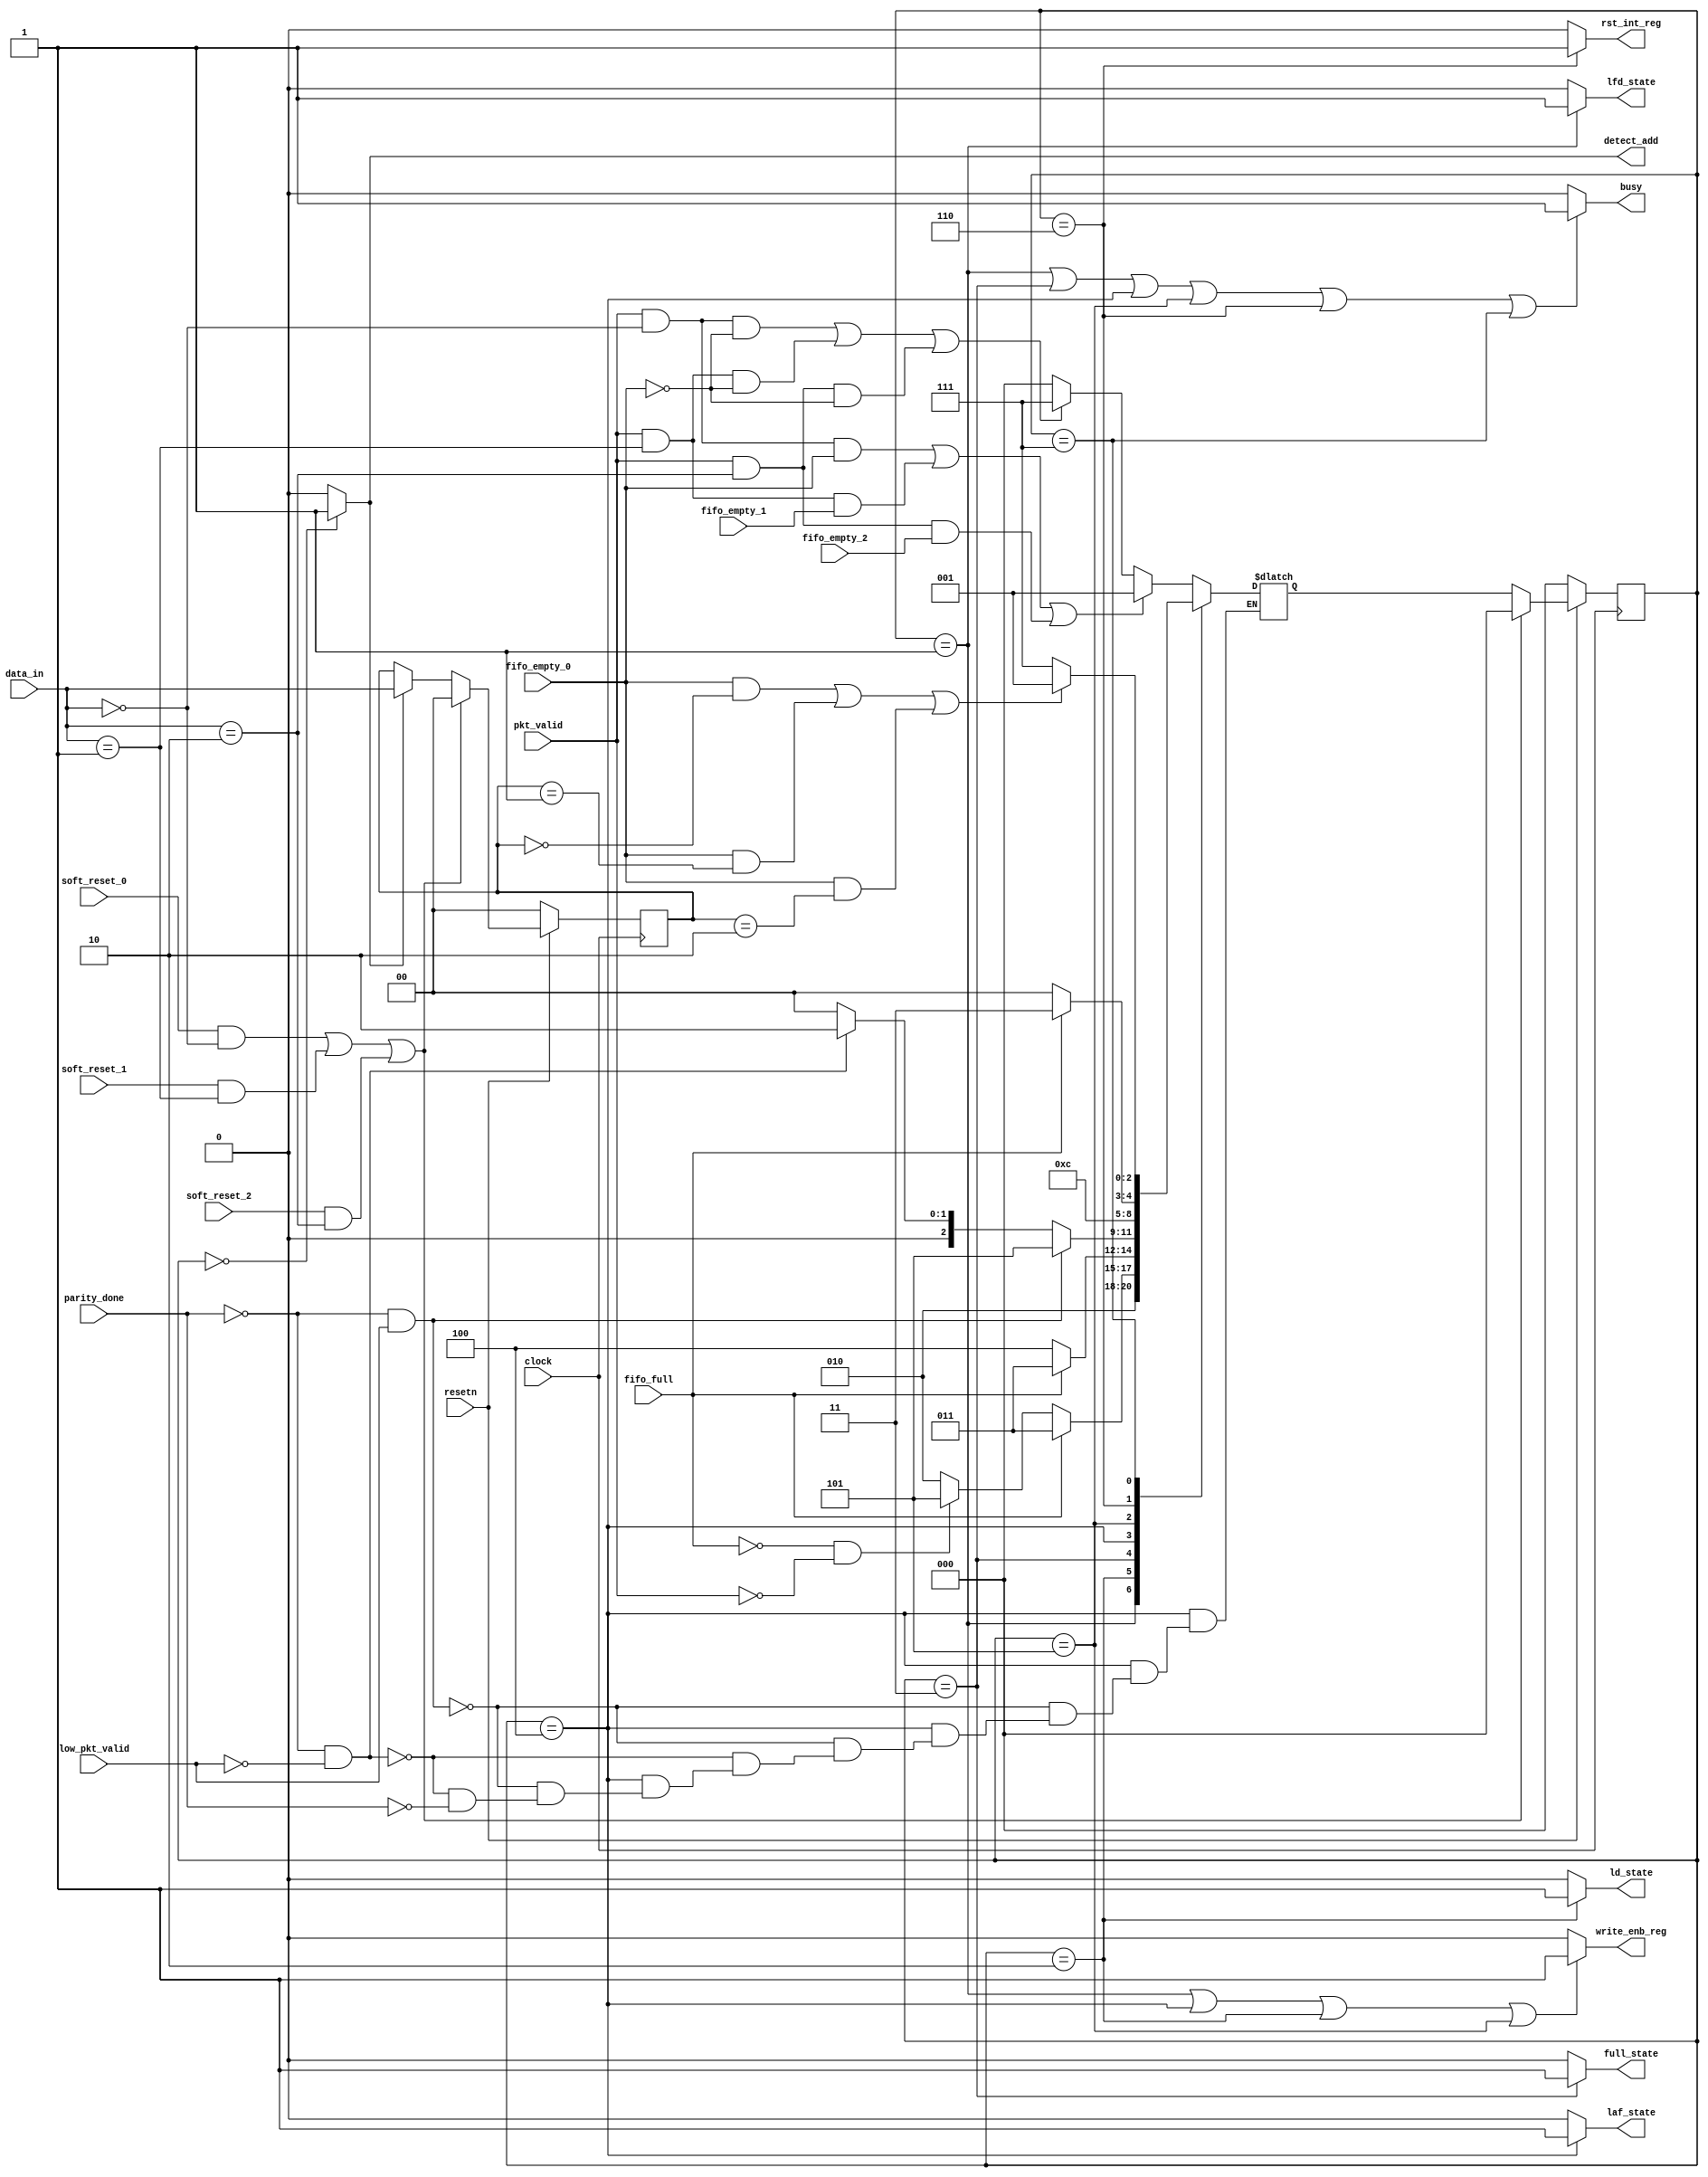
`timescale 1ns / 1ps
//////////////////////////////////////////////////////////////////////////////////
// Company: 
// Engineer: 
// 
// Design Name: 
// Module Name: router_fsm
// Project Name: 
// Target Devices: 
// Tool Versions: 
// Description: 
// 
// Dependencies: 
// 
// Revision:
// Revision 0.01 - File Created
// Additional Comments:
// 
//////////////////////////////////////////////////////////////////////////////////


module router_fsm(input clock,resetn,pkt_valid,parity_done,input [1:0] data_in,
                    input soft_reset_0,soft_reset_1,soft_reset_2,fifo_full,low_pkt_valid,
                    fifo_empty_0,fifo_empty_1,fifo_empty_2,
                    output detect_add,ld_state,laf_state,full_state,write_enb_reg,rst_int_reg,lfd_state,busy);
    parameter   DECODE_ADDRESS = 3'b000,
                LOAD_FIRST_DATA = 3'b001,
                LOAD_DATA = 3'b010,
                FIFO_FULL_STATE = 3'b011,
                LOAD_AFTER_FULL = 3'b100,
                LOAD_PARITY = 3'b101,
                CHECK_PARITY_ERROR = 3'b110,
                WAIT_TILL_EMPTY = 3'b111;
    reg [2:0] present_state,next_state;
    reg [1:0] addr;
    always @ (posedge clock)
    begin
        if(~resetn)
            addr <= 1'b0;
        else if((soft_reset_0 && data_in == 2'b00)||(soft_reset_1 && data_in == 2'b01)||(soft_reset_2 && data_in == 2'b10))
            addr <= 0;
        else if(detect_add)
            addr <= data_in;
    end
    //present_state logic
    always @ (posedge clock)
    begin
        if (~resetn)
            present_state <= DECODE_ADDRESS;
        else if ((soft_reset_0 && data_in == 2'b00)||(soft_reset_1 && data_in == 2'b01)||(soft_reset_2 && data_in == 2'b10))
            present_state <= DECODE_ADDRESS;
        else
            present_state <= next_state;
    end
    
    always @ (*)
    begin
        //if (data_in != 2'b11)
        //begin
        //next_state = DECODE_ADDRESS;
            case(present_state)
                DECODE_ADDRESS :
                    if((pkt_valid & (data_in == 2'b00) & fifo_empty_0) |
                        (pkt_valid & (data_in == 2'b01) & fifo_empty_1) |
                        (pkt_valid & (data_in == 2'b10) & fifo_empty_2) )
                        next_state = LOAD_FIRST_DATA;
                    else if ((pkt_valid & (data_in == 2'b00) & !fifo_empty_0) |
                        (pkt_valid & (data_in == 2'b01) & !fifo_empty_0) |
                        (pkt_valid & (data_in == 2'b10) & !fifo_empty_0) )
                        next_state = WAIT_TILL_EMPTY;
                    else
                        next_state = DECODE_ADDRESS;
                LOAD_FIRST_DATA :  next_state = LOAD_DATA;
                LOAD_DATA :
                begin
                    if (fifo_full)
                        next_state = FIFO_FULL_STATE;
                    else if (!fifo_full && !pkt_valid)
                        next_state = LOAD_PARITY;
                    else
                        next_state = LOAD_DATA;
                end
                FIFO_FULL_STATE :
                begin
                    if(!fifo_full)
                        next_state = LOAD_AFTER_FULL;
                    else
                        next_state = FIFO_FULL_STATE;
                end
                LOAD_AFTER_FULL :
                begin
                    if (!parity_done && low_pkt_valid)
                        next_state = LOAD_PARITY;
                    else if (!parity_done && !low_pkt_valid)
                        next_state = LOAD_DATA;
                    else if(parity_done)
                        next_state = DECODE_ADDRESS;
                end
                LOAD_PARITY : next_state = CHECK_PARITY_ERROR;
                CHECK_PARITY_ERROR :
                begin
                    if(!fifo_full)
                        next_state = DECODE_ADDRESS;
                    else
                        next_state = FIFO_FULL_STATE;
                end
                WAIT_TILL_EMPTY :
                begin
                    if ((fifo_empty_0 && (addr == 2'b00)) ||
                        (fifo_empty_0 && (addr == 2'b01)) ||
                        (fifo_empty_0 && (addr == 2'b10)))
                        next_state = LOAD_FIRST_DATA;
                    else
                        next_state = WAIT_TILL_EMPTY;
                end
                default : next_state = DECODE_ADDRESS;
            endcase
        //end
    end
    assign detect_add = (present_state == DECODE_ADDRESS) ? 1'b1 : 1'b0;
    assign lfd_state = (present_state == LOAD_FIRST_DATA) ? 1'b1 : 1'b0;
    assign ld_state = (present_state == LOAD_DATA) ? 1'b1 : 1'b0;
    assign laf_state = (present_state == LOAD_AFTER_FULL) ? 1'b1 : 1'b0;
    assign write_enb_reg = (present_state == LOAD_FIRST_DATA) || (present_state == LOAD_AFTER_FULL) || (present_state == LOAD_DATA) || (present_state == LOAD_PARITY) ? 1'b1 : 1'b0;
    assign rst_int_reg = (present_state == CHECK_PARITY_ERROR) ? 1'b1 : 1'b0;
    assign full_state = (present_state == FIFO_FULL_STATE) ? 1'b1 : 1'b0;
    assign busy = ((present_state == LOAD_FIRST_DATA) || (present_state == FIFO_FULL_STATE) || (present_state == LOAD_AFTER_FULL) || (present_state == LOAD_PARITY) || (present_state == CHECK_PARITY_ERROR) || (present_state == WAIT_TILL_EMPTY)) ? 1'b1 : 1'b0;
endmodule